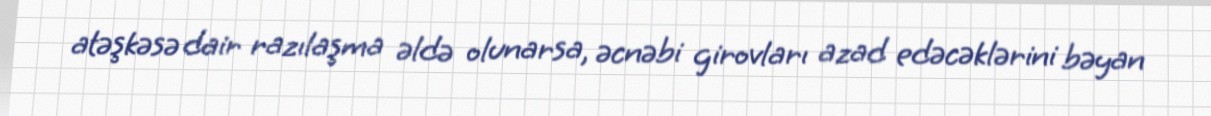
atəşkəsə dair razılaşma əldə olunarsa, əcnəbi girovları azad edəcəklərini bəyan